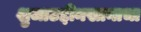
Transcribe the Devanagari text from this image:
शुजाउद्दीनखानाचा